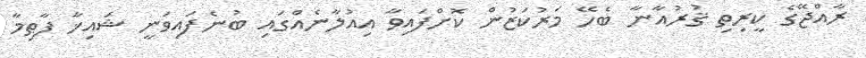
ރާއްޖޭގެ ކީރިތި ޤުރުއާނާ ބެހޭ މަރުކަޒުން ކޮށްފައިވާ އިއުލާނެއްގައި ބުނެފައިވަނީ ޝައިޚާ ފާޠިމާ